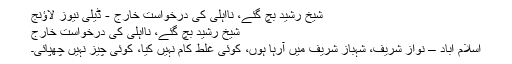
شیخ رشید بچ گئے، نااہلی کی درخواست خارج - ڈیلی نیوز لاؤنج
شیخ رشید بچ گئے، نااہلی کی درخواست خارج
اسلام آباد – نواز شریف، شہباز شریف میں آرہا ہوں، کوئی غلط کام نہیں کیا، کوئی چیز نہیں چھپائی۔